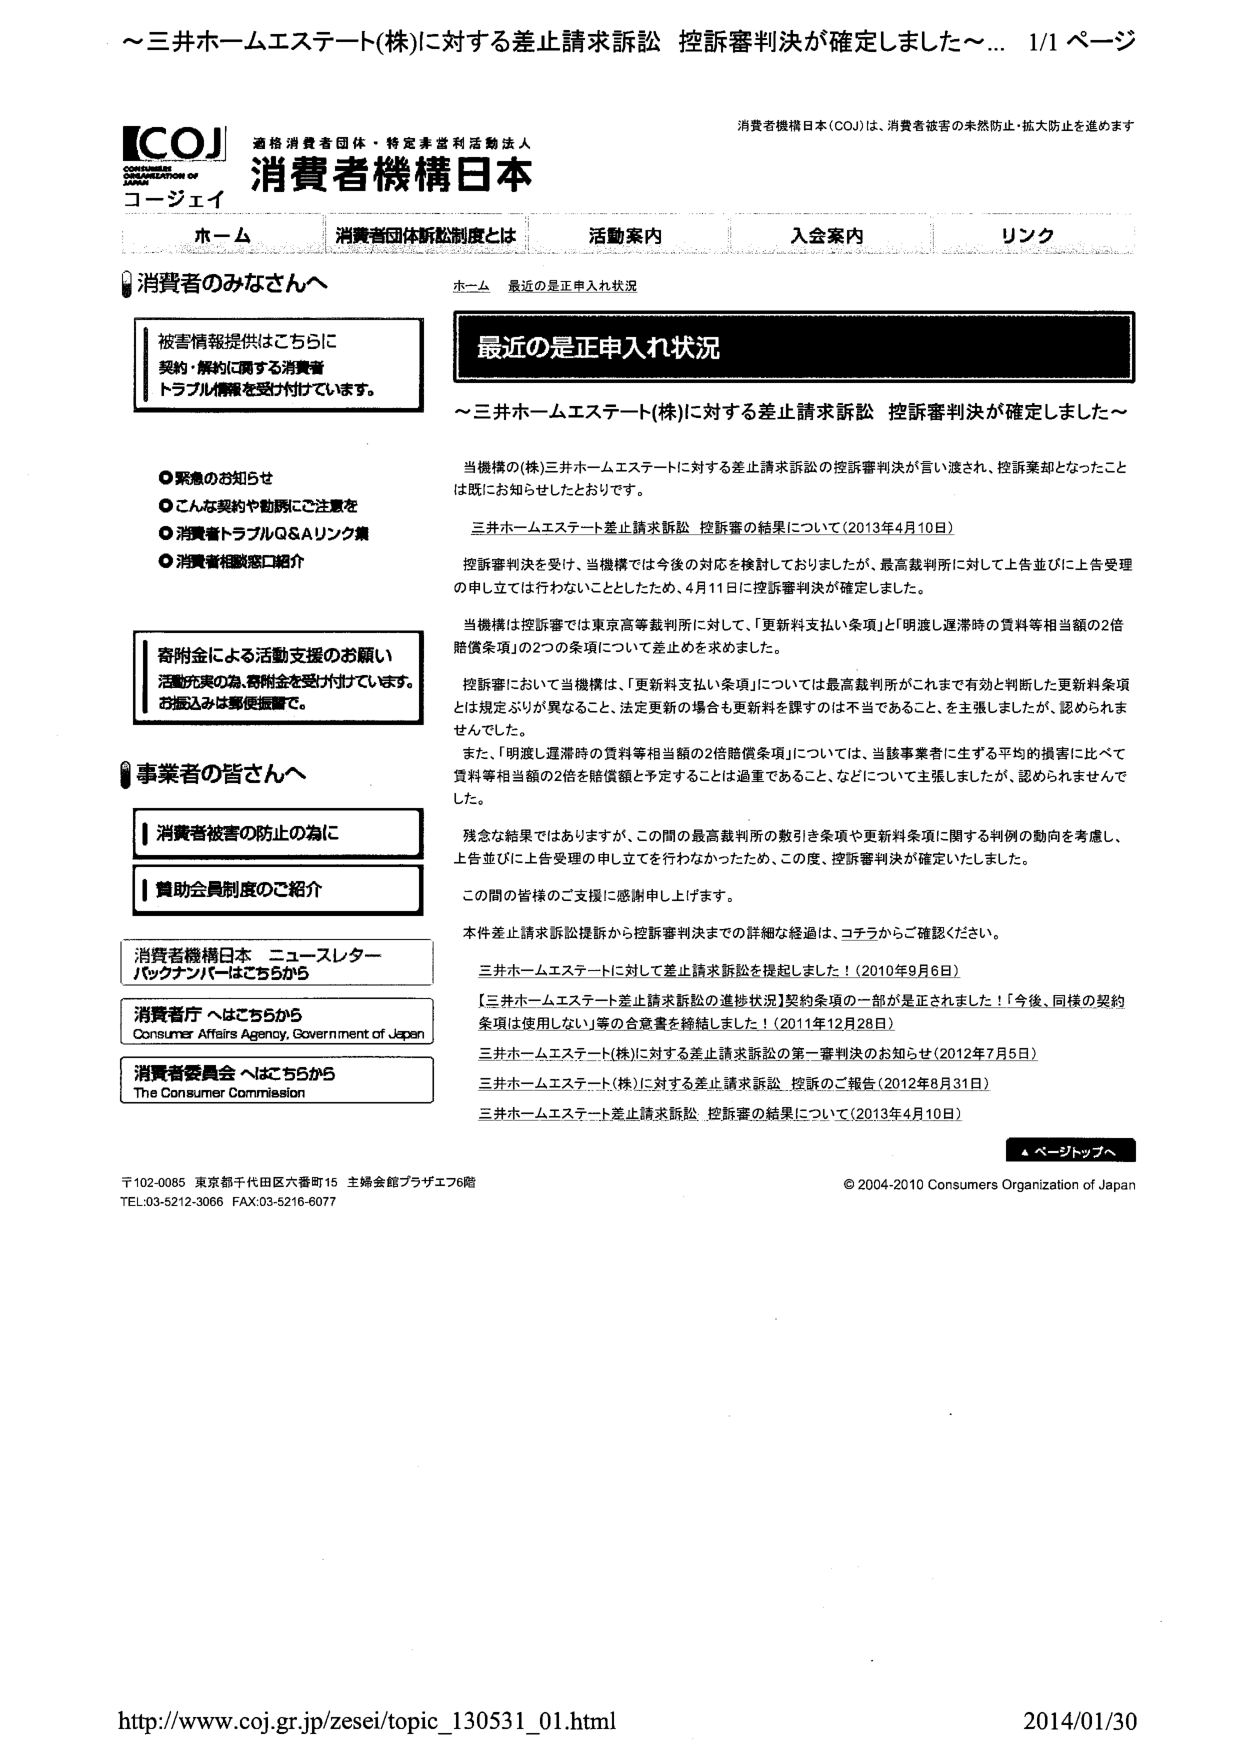
～三井ホームエステート(株)に対する差止請求訴訟 控訴審判決が確定しました～ 1/1 ページ

【COJ】
CONSUMERS ORGANIZATION OF JAPAN
コージェイ
適格消費者団体・特定非営利活動法人
消費者機構日本

消費者機構日本（COJ）は、消費者被害の未然防止・拡大防止を進めます

ホーム 消費者団体訴訟制度とは 活動案内 入会案内 リンク

消費者のみなさんへ

被害情報提供はこちらに
契約・解約に関する消費者
トラブル情報を受け付けています。

○ 緊急のお知らせ
○ こんな契約や勤務にご注意を
○ 消費者トラブルQ&Aリンク集
○ 消費者相談窓口紹介

寄附金による活動支援のお願い
活動充実の為、寄附金を受け付けています。
お振込みは郵便振替で。

事業者の皆さんへ

消費者被害の防止の為に
賛助会員制度のご紹介

消費者機構日本 ニュースレター
バックナンバーはこちらから

消費者庁 へはこちらから
Consumer Affairs Agency, Government of Japan

消費者委員会 へはこちらから
The Consumer Commission

ホーム 最近の是正申入れ状況

最近の是正申入れ状況

～三井ホームエステート(株)に対する差止請求訴訟 控訴審判決が確定しました～

当機構の(株)三井ホームエステートに対する差止請求訴訟の控訴審判決が言い渡され、控訴棄却となったことは既にお知らせしたとおりです。

三井ホームエステート差止請求訴訟 控訴審の結果について（2013年4月10日）

控訴審判決を受け、当機構では今後の対応を検討しておりましたが、最高裁判所に対して上告並びに上告受理の申し立ては行わないこととしたため、4月11日に控訴審判決が確定しました。

当機構は控訴審では東京高等裁判所に対して、「更新料支払い条項」と「明渡し遅滞時の賃料等相当額の2倍賠償条項」の2つの条項について差止を求めました。

控訴審において当機構は、「更新料支払い条項」については最高裁判所がこれまで有効と判断した更新料条項とは規定ぶりが異なること、法定更新の場合も更新料を課すのは不当であることを主張しましたが、認められませんでした。

また、「明渡し遅滞時の賃料等相当額の2倍賠償条項」については、当該事業者に生ずる平均的損害に比べて賃料等相当額の2倍を賠償額と予定することは過重であること、などについて主張しましたが、認められませんでした。

残念な結果ではありますが、この間の最高裁判所の敷引き条項や更新料条項に関する判例の動向を考慮し、上告並びに上告受理の申し立てを行わなかったため、この度、控訴審判決が確定いたしました。

この間の皆様のご支援に感謝申し上げます。

本件差止請求訴訟提訴から控訴審判決までの詳細な経過は、コチラからご確認ください。

三井ホームエステートに対して差止請求訴訟を提起しました！（2010年9月6日）
【三井ホームエステート差止請求訴訟の進捗状況】契約条項の一部が是正されました！「今後、同様の契約条項は使用しない」等の合意書を締結しました！（2011年12月28日）
三井ホームエステート(株)に対する差止請求訴訟の第一審判決のお知らせ（2012年7月5日）
三井ホームエステート(株)に対する差止請求訴訟 控訴のご報告（2012年8月31日）
三井ホームエステート差止請求訴訟 控訴審の結果について（2013年4月10日）

▲ページトップへ

〒102-0085 東京都千代田区六番町15 主婦会館プラザエフ6階
TEL:03-5212-3066 FAX:03-5216-6077

© 2004-2010 Consumers Organization of Japan

http://www.coj.gr.jp/zesei/topic_130531_01.html 2014/01/30